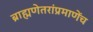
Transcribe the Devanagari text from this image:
ब्राह्मणेतरांप्रमाणेंच